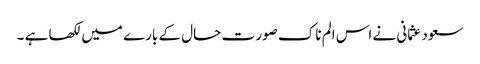
سعود عثمانی نے اس الم ناک صور ت حال کے بارے میں لکھا ہے ۔